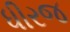
ધીરજ